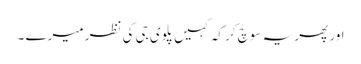
اور پھر یہ سوچ کر کہ کہیں پلوی جی کی نظر میرے ۔